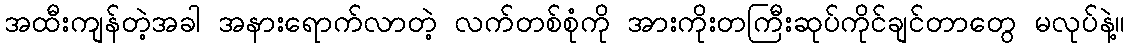
အထီးကျန်တဲ့အခါ အနားရောက်လာတဲ့ လက်တစ်စုံကို အားကိုးတကြီးဆုပ်ကိုင်ချင်တာတွေ မလုပ်နဲ့။